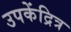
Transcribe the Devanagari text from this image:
उपकेंद्रित्र